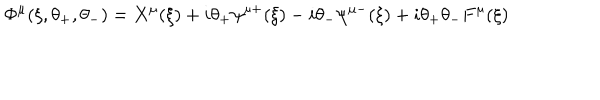
LaTeX: \Phi ^ { \mu } ( \xi , \theta _ { + } , \theta _ { - } ) = X ^ { \mu } ( \xi ) + i \theta _ { + } \psi ^ { \mu + } ( \xi ) - i \theta _ { - } \psi ^ { \mu - } ( \xi ) + i \theta _ { + } \theta _ { - } F ^ { \mu } ( \xi )